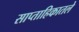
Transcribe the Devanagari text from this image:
साप्ताहिकातले